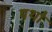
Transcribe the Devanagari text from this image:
पथो